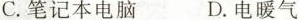
C.笔记本电脑 D.电暖气